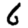
Digit: 6